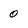
Character: 0